Lunatic asylums Madras 1877-1891 - 1877-1891
Year: 1877
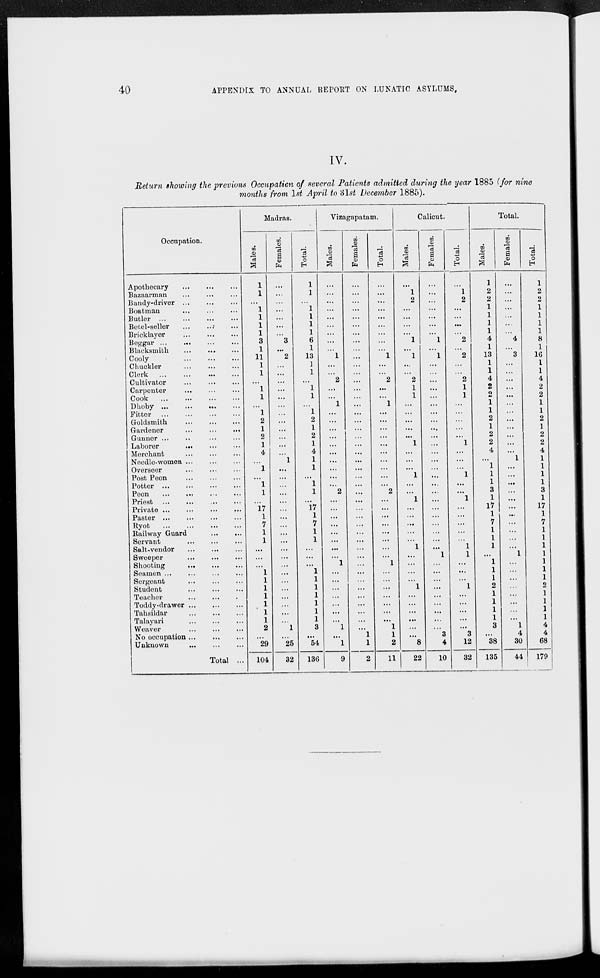
40
APPENDIX TO ANNUAL REPORT ON LUNATIC ASYLUMS.
IV.
Return showing the previous Occupation of several Patients admitted, during the year 1885 (for nine
months from 1st April to 31st December 1885).
Occupation.
Apothecary
...
...
...
Bazaarman
...
...
...
Bandy-driver
...
...
...
Boatman ... ... ...
Butler
...
...
...
Betel-seller ... ... ...
Bricklayer
...
...
...
Beggar ... ... ... ...
Blacksmith ... ... ...
Cooly
...
...
...
Chuckler ... ... ...
Clerk ...
...
...
...
Cultivator
...
...
...
Carpenter ... ... ...
Cook ... ... ... ...
Dhoby ...
...
...
...
Fitter
...
...
...
...
Goldsmith ... ... ...
Gardener
...
...
...
Gunner ... ... ... ...
Laborer
...
...
...
Merchant
...
...
...
Needle-women
...
...
...
Overseer ... ... ...
Post Peon
...
...
...
Potter
...
...
...
Peon
...
...
...
Priest
...
...
...
Private
...
...
...
Paster ... ... ... ...
Ryot
...
...
...
...
Railway Guard ... ...
Servant
...
...
...
Salt-vendor ... ... ...
Sweeper
...
...
...
Shooting
...
...
...
Seamen
...
...
...
Sergeant
...
...
...
Student
...
...
...
Teacher
...
...
...
Toddy-drawer
...
...
...
Tahsildar
...
...
...
Talayari ... ... ...
Weaver
...
...
...
No occupation
...
...
...
Unknown
...
...
...
Total ...
Madras.
Males.
1
1
...
1
1
1
1
3
1
11
1
1
...
1
1
...
1
2
1
2
1
4
...
1
...
1
1
...
17
1
7
1
1
...
...
...
1
1
1
1
1
1
1
2
...
29
104
Females.
...
...
...
...
...
...
...
3
...
2
...
...
...
...
...
...
...
...
...
...
...
...
1
...
...
...
...
...
...
...
...
...
...
...
...
...
...
...
...
...
...
...
...
1
...
25
32
Total.
1
1
...
1
1
1
1
6
1
13
1
1
...
1
1
...
1
2
1
2
1
4
1
1
...
1
1
...
17
...
...
...
...
...
...
...
1
1
1
1
1
1
1
3
...
54
136
Vizagapatam.
Males.
...
...
...
...
...
...
...
...
...
1
...
...
2
...
...
1
...
...
...
...
...
...
...
...
...
...
2
...
...
...
...
...
...
...
...
1
...
...
...
...
...
...
...
1
...
1
9
Females.
...
...
...
...
...
...
...
...
...
...
...
...
...
...
...
...
...
...
...
...
...
...
...
...
...
...
...
...
...
...
...
...
...
...
...
...
...
...
...
...
...
...
...
...
1
1
2
Total.
...
...
...
...
...
...
...
...
...
1
...
...
2
...
...
1
...
...
...
...
...
...
...
...
...
...
2
...
...
...
...
...
...
...
...
1
...
...
...
...
...
...
...
1
1
2
11
Calicut.
Males.
...
1
2
...
...
...
...
1
...
1
...
...
2
1
1
...
...
...
...
...
1
...
...
...
1
...
...
1
...
...
...
...
...
1
...
...
...
...
1
...
...
...
....
...
...
8
22
Females.
...
...
...
...
...
...
...
1
...
1
...
...
...
...
...
...
...
...
...
...
...
...
...
...
...
...
...
...
...
...
...
...
...
...
1
...
...
...
...
...
...
...
...
...
3
4
10
Total.
...
1
2
...
...
...
...
2
...
2
...
...
2
1
1
...
...
...
...
...
1
...
...
...
1
...
...
1
...
...
...
...
...
1
1
...
...
...
1
...
...
...
...
...
3
12
32
Total.
Males.
1
2
2
1
1
1
1
4
1
13
1
1
4
2
2
1
1
2
1
2
2
4
...
1
1
1
3
1
17
1
7
1
1
1
...
1
1
1
2
1
1
1
1
3
...
38
135
Females.
...
...
...
...
...
...
...
4
...
3
...
...
...
...
...
...
...
...
...
...
...
...
1
...
...
...
...
...
...
...
...
...
...
...
1
...
...
...
...
...
...
...
...
1
4
30
44
Total.
1
2
2
1
1
1
1
8
1
16
1
1
4
2
2
1
1
2
1
2
2
4
1
1
1
1
3
1
17
1
7
1
1
1
1
1
1
1
2
1
1
1
1
4
4
68
179